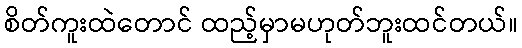
စိတ်ကူးထဲတောင် ထည့်မှာမဟုတ်ဘူးထင်တယ်။